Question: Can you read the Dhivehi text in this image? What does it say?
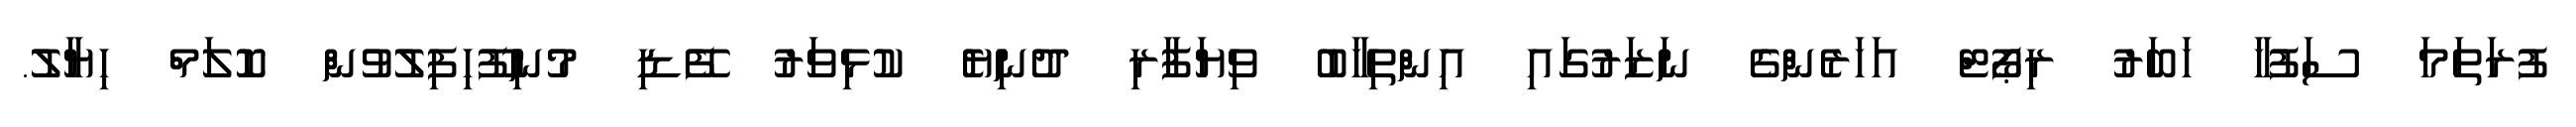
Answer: ފުރަތަމަ ސަފުހާ ހަބަރު ރިޕޯޓް އަހަރެންގެ ނަޒަރުގައި އިންތިހާބު ވިޔަފާރި ދުނިޔެ ކުޅިވަރު ފޭޑި މުނިފޫހިފިލުވުން ކޮލަމް ހިޔާލު.